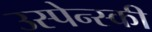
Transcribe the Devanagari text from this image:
उस्पेन्स्की